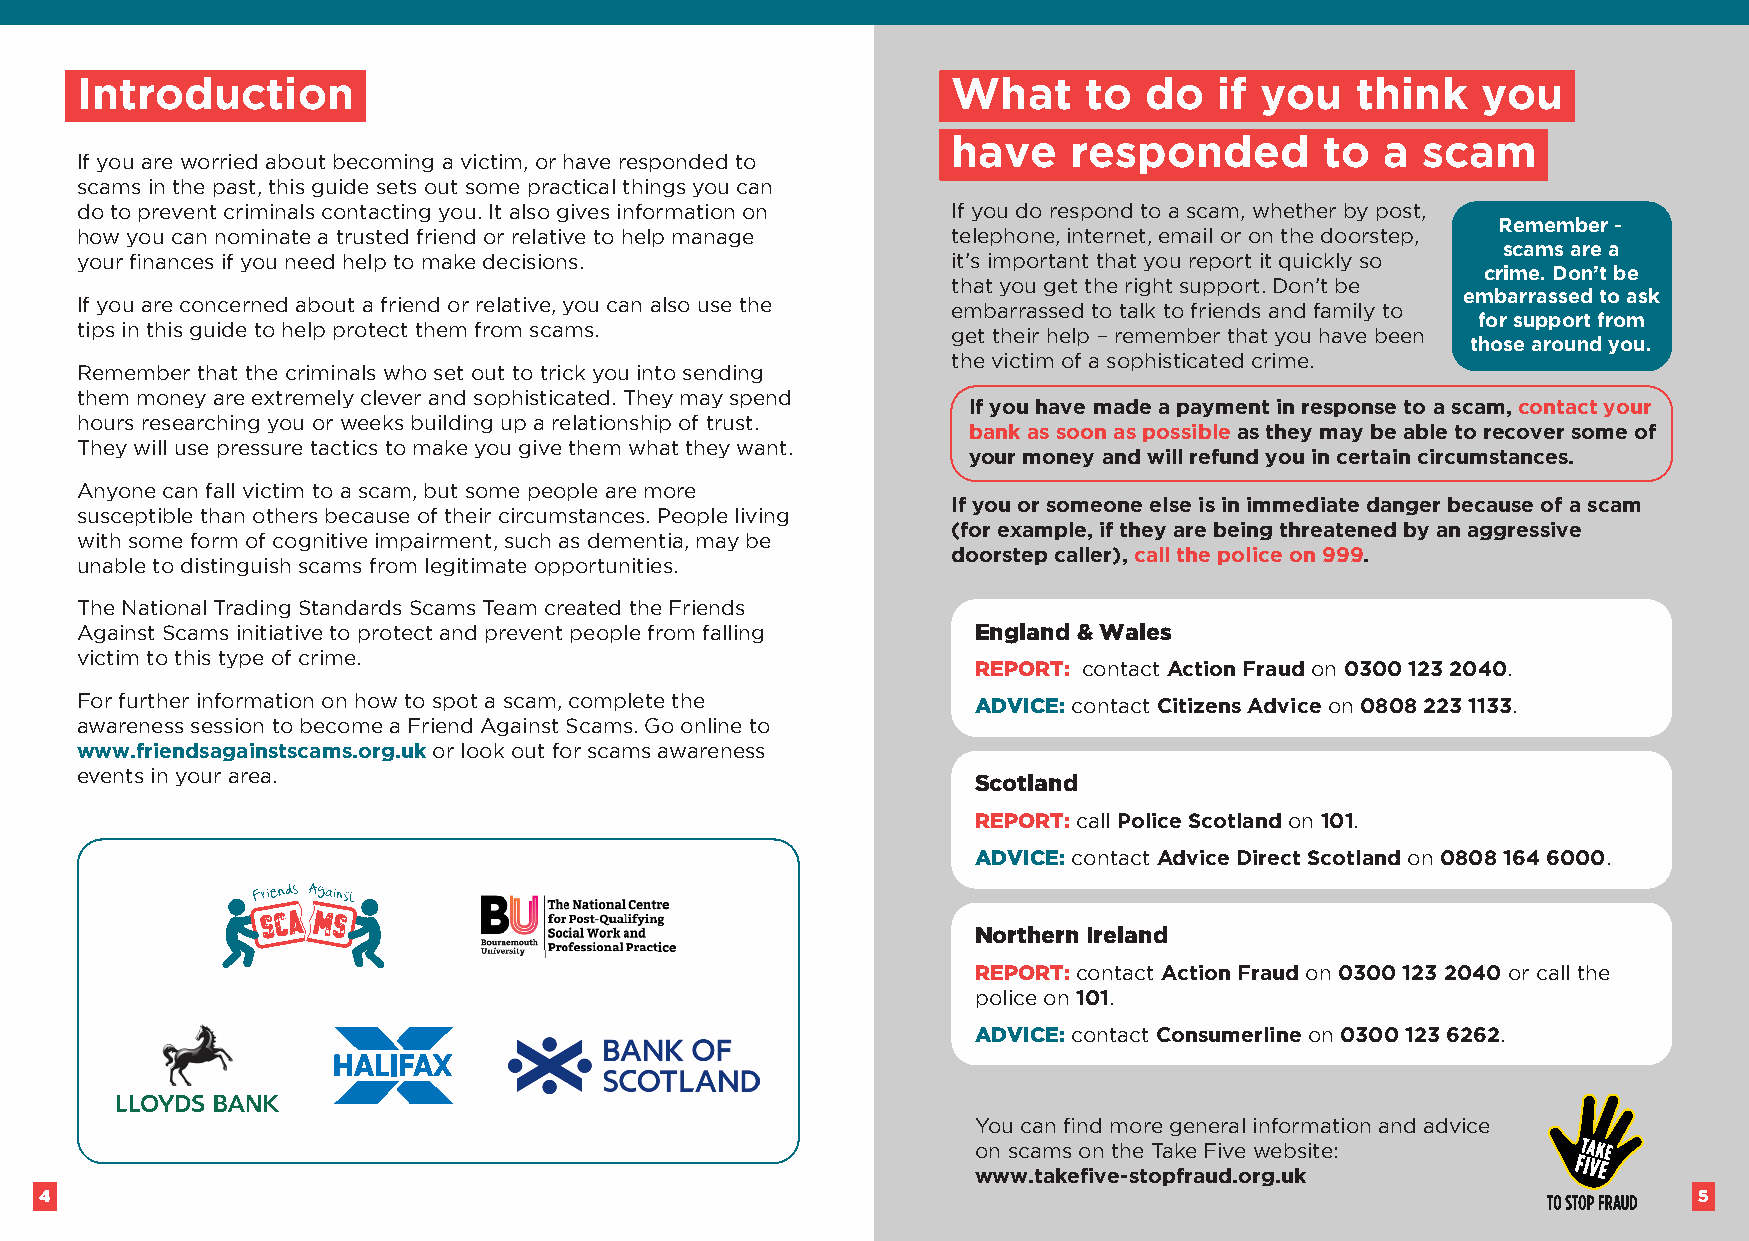
Introduction                                              What     to  do   if you   think   you
 have    responded        to  a scam
 If you are worried about becoming a victim, or have responded to
 scams in the past, this guide sets out some practical things you can
 do to prevent criminals contacting you. It also gives information on If you do respond to a scam, whether by post,
 Remember -
 how you can nominate a trusted friend or relative to help manage telephone, internet, email or on the doorstep,
 scams are a
 your finances if you need help to make decisions.         it’s important that you report it quickly so
 crime. Don’t be
 that you get the right support. Don’t be
 embarrassed to ask
 If you are concerned about a friend or relative, you can also use the embarrassed to talk to friends and family to
 for support from
 tips in this guide to help protect them from scams.       get their help – remember that you have been
 those around you.
 the victim of a sophisticated crime.
 Remember that the criminals who set out to trick you into sending
 them money are extremely clever and sophisticated. They may spend
 If you have made a payment in response to a scam, contact your
 hours researching you or weeks building up a relationship of trust.
 bank as soon as possible as they may be able to recover some of
 They will use pressure tactics to make you give them what they want.
 your money and will refund you in certain circumstances.
 Anyone can fall victim to a scam, but some people are more
 If you or someone else is in immediate danger because of a scam
 susceptible than others because of their circumstances. People living
 (for example, if they are being threatened by an aggressive
 with some form of cognitive impairment, such as dementia, may be
 doorstep caller), call the police on 999.
 unable to distinguish scams from legitimate opportunities.
 The National Trading Standards Scams Team created the Friends
 Against Scams initiative to protect and prevent people from falling England & Wales
 victim to this type of crime.
 REPORT: contact Action Fraud on 0300 123 2040.
 For further information on how to spot a scam, complete the ADVICE: contact Citizens Advice on 0808 223 1133.
 awareness session to become a Friend Against Scams. Go online to
 www.friendsagainstscams.org.uk or look out for scams awareness
 events in your area.
 Scotland
 REPORT: call Police Scotland on 101.
 ADVICE: contact Advice Direct Scotland on 0808 164 6000.
 Northern Ireland
 REPORT: contact Action Fraud on 0300 123 2040 or call the
 police on 101.
 ADVICE: contact Consumerline on 0300 123 6262.
 You can find more general information and advice
 on scams on the Take Five website:
 www.takefive-stopfraud.org.uk
 4                                                                                                            5